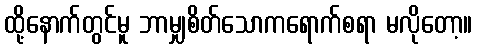
ထို့နောက်တွင်မူ ဘာမျှစိတ်သောကရောက်စရာ မလိုတော့။